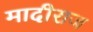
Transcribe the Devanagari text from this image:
मादीराज